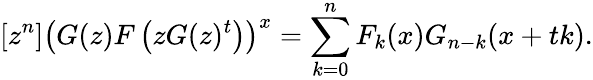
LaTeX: [z^{n}]\left(G(z)F\left(zG(z)^{t}\right)\right)^{x}=\sum_{k=0}^{n}F_{k}(x)G_{n-k}(x+tk).